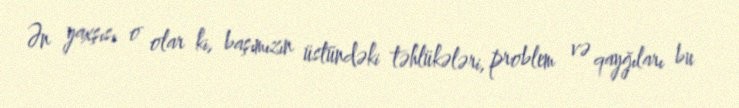
Ən yaxşısı o olar ki, başımızın üstündəki təhlükələri, problem və qayğıları bu